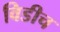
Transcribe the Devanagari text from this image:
विडीच